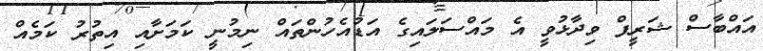
އައްބާސް ޝަރީފް ވިދާޅުވީ އެ މައްސަލައިގެ އަޑުއެހުންތައް ނިމުނީ ކަމަށާއި އިތުރު ކަމެއް